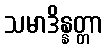
သမာဒိန္နတ္တာ